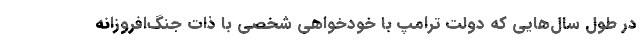
در طول سال‌هایی که دولت ترامپ با خودخواهی شخصی با ذات جنگ‌افروزانه